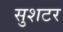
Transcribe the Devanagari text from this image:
सुशटर